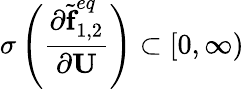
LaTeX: \sigma\left(\frac{\partial\widetilde{\textbf{f}}_{1,2}^{eq}}{\partial\textbf{U}}\right)\subset\left[0,\infty\right)